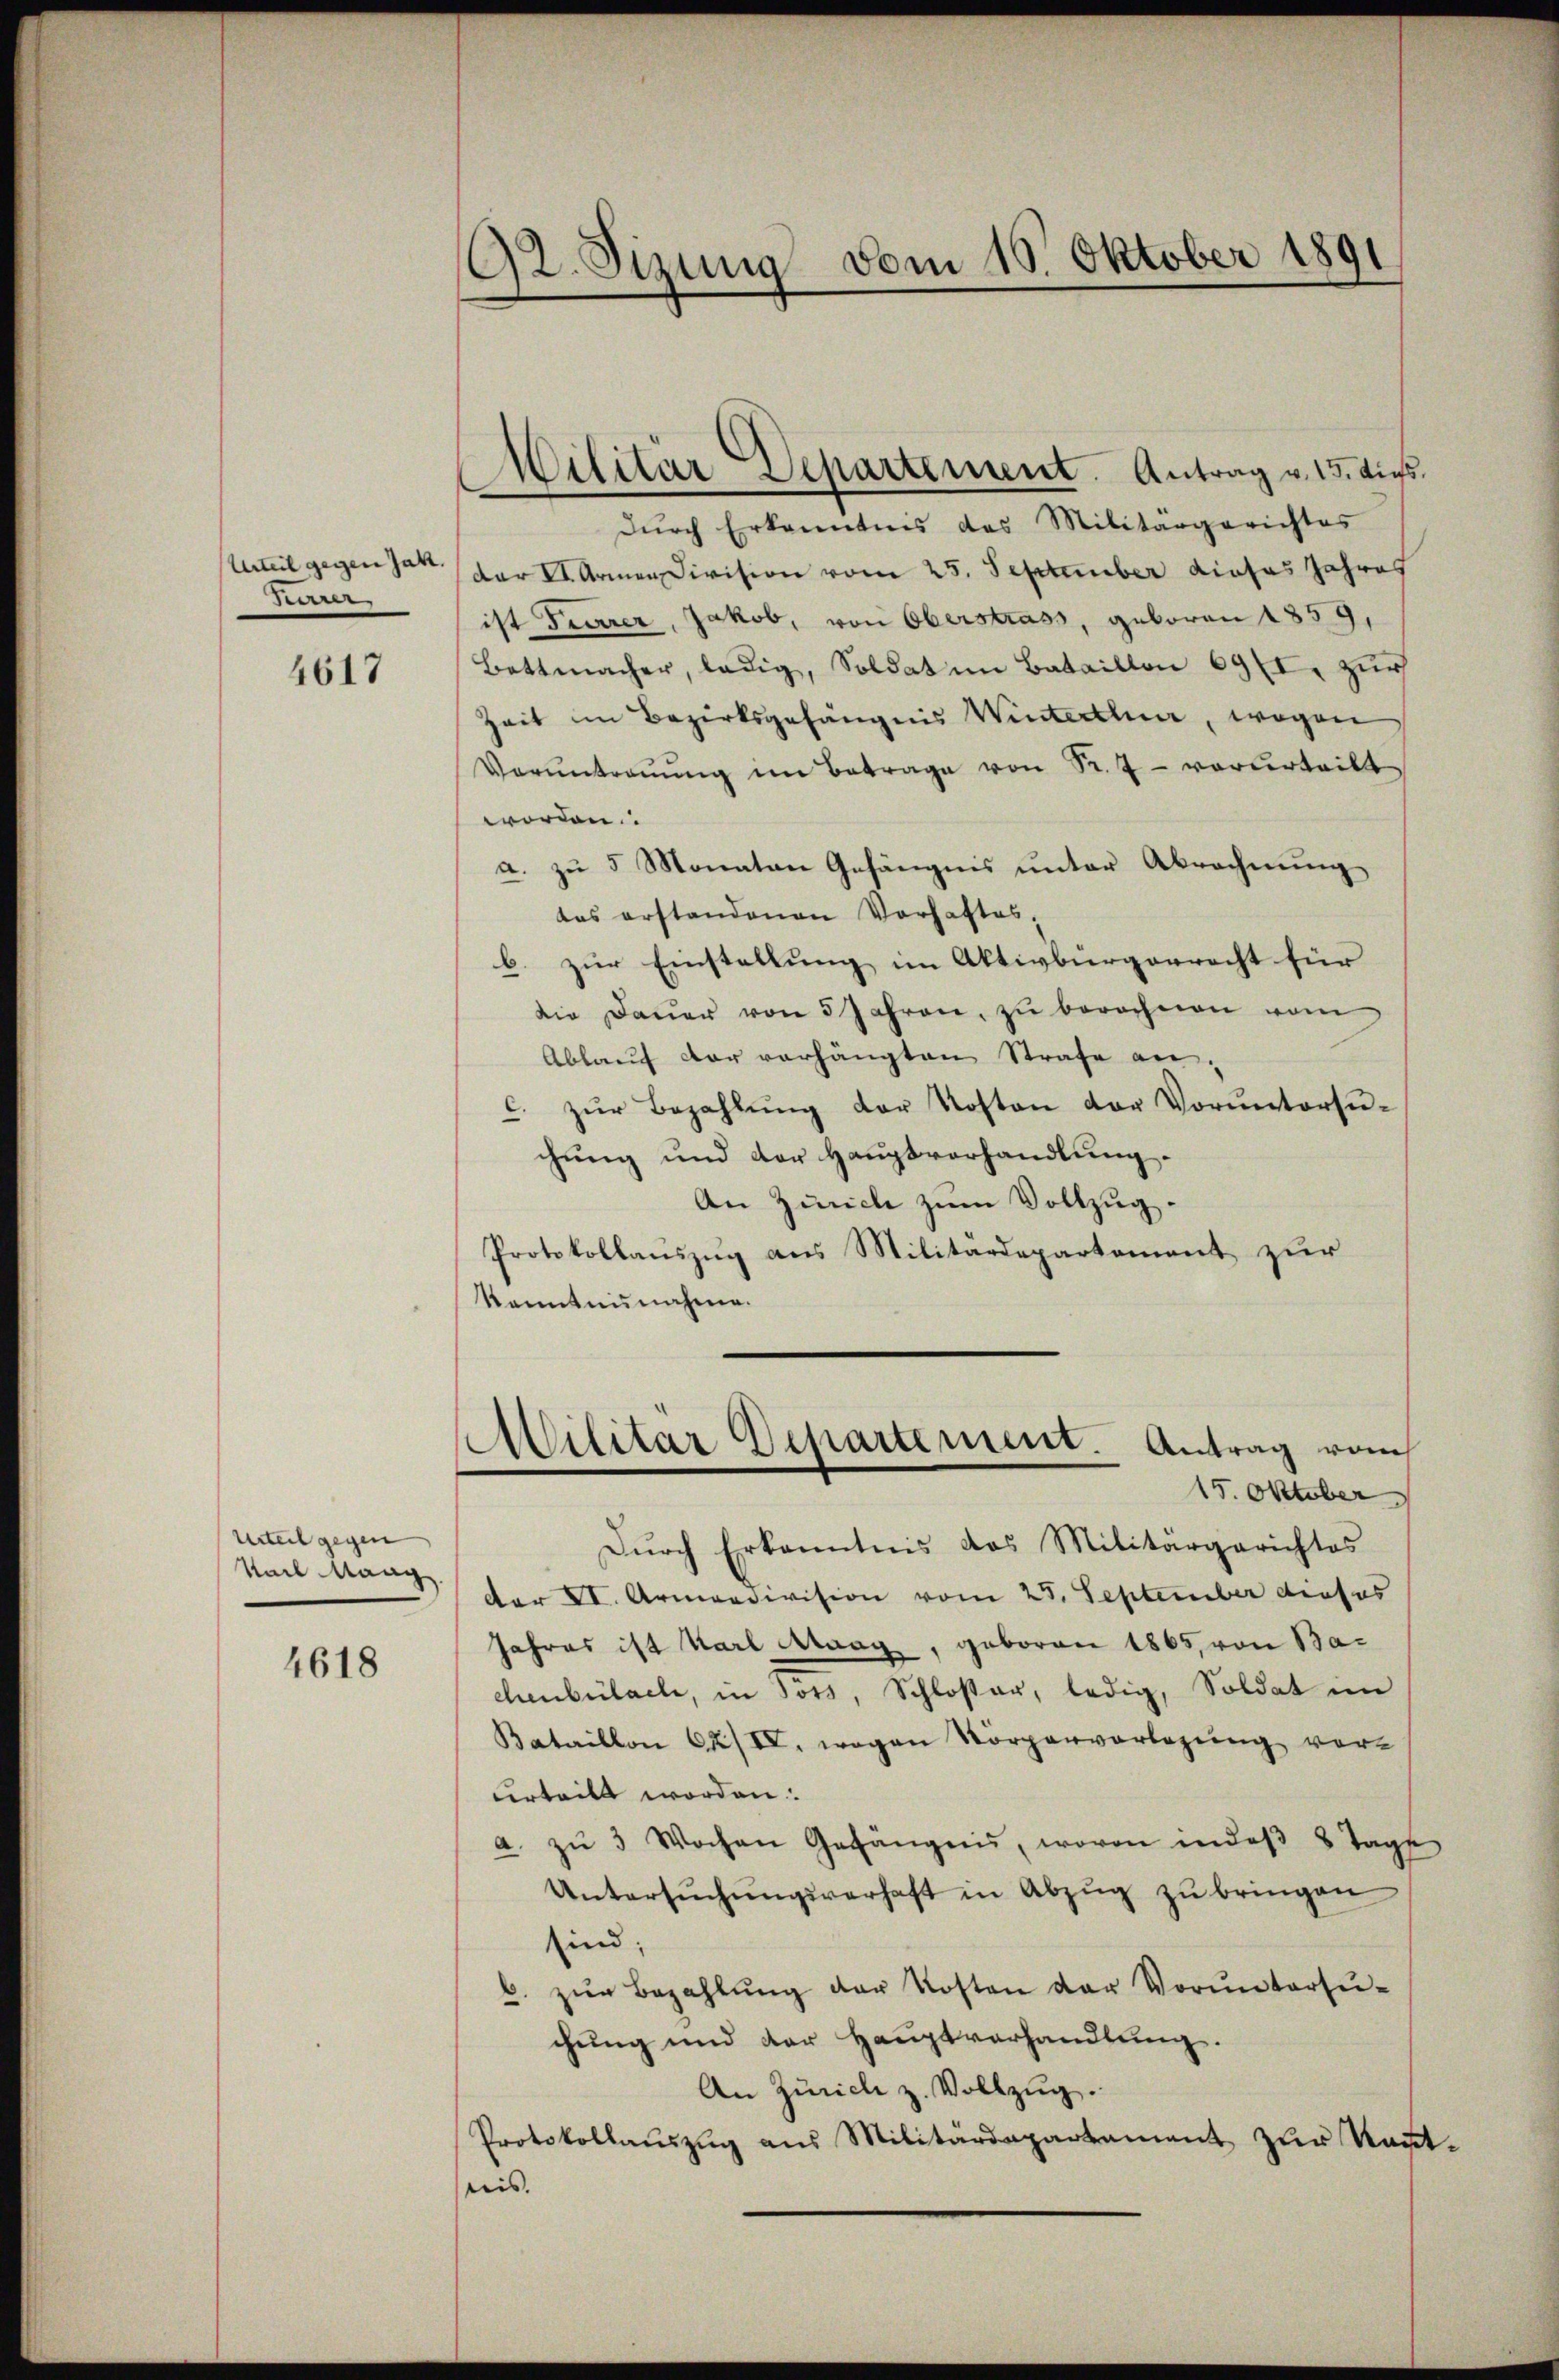
Urteil gegen Jak.
Herrer,

4617

Urteil gegen
Kail Mang

4618

92. Sizung vom 10. Oktober 1891

dŭrch Erkanntnis das Militärgerichtes
dar Armen Division vom 25. September dieses Jahres
ist Tierer, Jakob, von Oberstrass, geboren 1859,
Bottmacher, ledig, Soldat im Bataillon 69 (I. zur
Zeit im Bezirksgefängnis Winterthur, wegen
Vorŭntraŭŭng im Betrage von Sr. 7 - vorurteilt
worden.
a. zu 5 Monaten Gefängnis unter Abrechnung
das erstandenen Vorhaftes,
b. zur Einstellung im Aktivbürgerrecht für
die Daŭer von 5 Jahren, zŭ berechnen vom
Ablaŭf der vorhängten Strafe an.
c. zŭr Bezahlŭng der Kosten der Vorŭntersŭ-
chung und der Hauptverhandlung.
An Zürich zum Vollzug.
Protokollauszug aus Militärdepartement zur
kenntnisnahme.

Militär-Departement. Antrag v. 15. Aus

Durch Erkenntnis das Militärgerichtes
der VI. Armendivision vom 25. September dieses
Jahres ist Karl Staag, geboren 1865, von Bachenbülache, in Fors, Schloßer, ledig, Soldat im
Bataillon 62/VI, wogen Körperverlegŭng vor-
urteilt worden.
a. zŭ 3 Wochen Gefängnis, wovon in daβ 8 Tage
Untersŭchŭngsverhaft in Abzŭg zŭ bringen
sind;
b. zŭr Bezahlŭng der Kosten der Vorŭntersŭ-
chŭng und der Hauptverhandlŭng.
An Zürich z. Vollzug.
Protokollaŭszŭg aŭs Militärdepartament zur Kaut-
reis.

Militär Departement. Antrag vom
15. Oktober